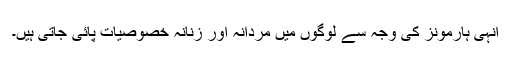
انہی ہارمونز کی وجہ سے لوگوں میں مردانہ اور زنانہ خصوصیات پائی جاتی ہیں۔